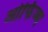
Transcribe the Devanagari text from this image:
ओर्फिज्म